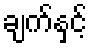
ချက်နှင့်